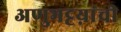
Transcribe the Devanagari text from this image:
अणुभट्टय़ांची